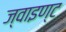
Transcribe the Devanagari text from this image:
ज्वाइण्ट